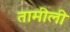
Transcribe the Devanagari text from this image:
तामीली